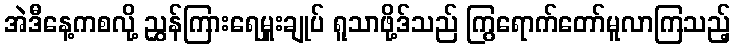
အဲဒီနေ့ကစလို့ ညွှန်ကြားရေမှူးချုပ် ရူသာဖို့ဒ်သည် ကြွရောက်တော်မူလာကြသည့်